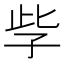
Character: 𡥎